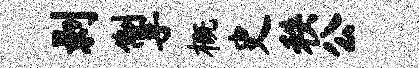
剥掣概史秩公